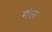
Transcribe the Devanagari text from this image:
मंल